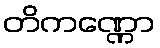
တိကဏ္ဏော